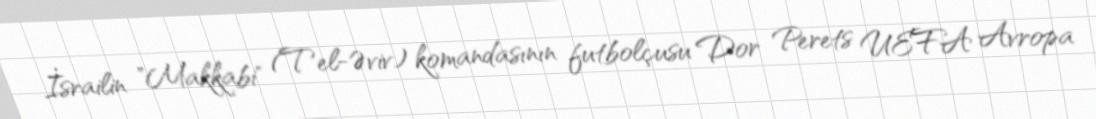
İsrailin "Makkabi" (Tel-Əviv) komandasının futbolçusu Dor Perets UEFA Avropa